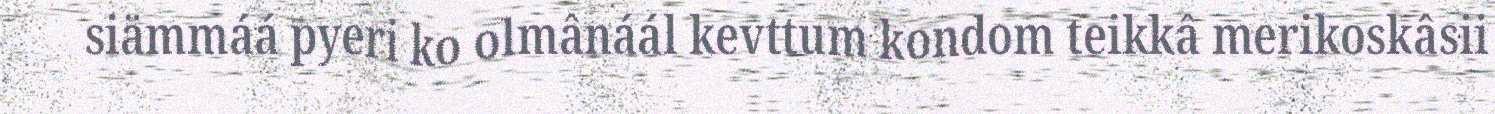
siämmáá pyeri ko olmânáál kevttum kondom teikkâ merikoskâsii